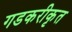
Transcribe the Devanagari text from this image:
गडकरीकृत